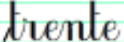
trente